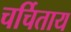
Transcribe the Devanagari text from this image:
चर्चिताय